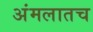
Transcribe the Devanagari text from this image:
अंमलातच